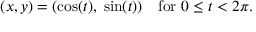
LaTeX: ( x , y ) = ( \cos ( t ) , \; \sin ( t ) ) \quad \mathrm { f o r } \ 0 \leq t < 2 \pi .